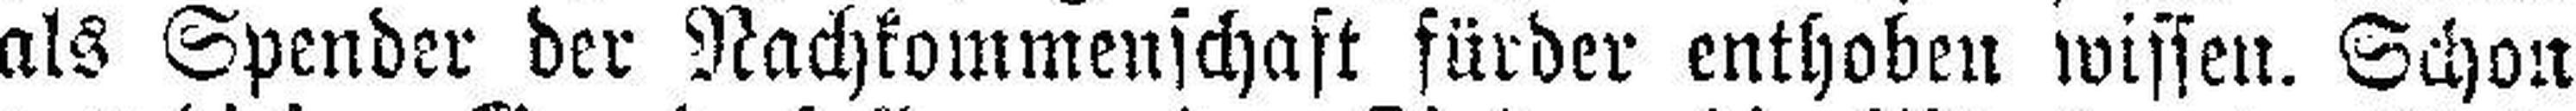
als Spender der Nachkommenschaft fürder enthoben wissen. Schon